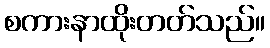
စကားနာထိုးတတ်သည်။